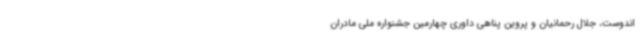
اندوست، جلال رحمانیان و پروین پناهی داوری چهارمین جشنواره ملی مادران